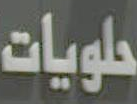
حلويات